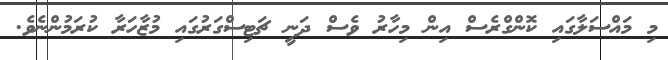
މި މައްސަލާގައި ކޮންގްރެސް އިން މިހާރު ވެސް ދަނީ ޗަޓިސްގަރުގައި މުޒާހަރާ ކުރަމުންނެވެ.